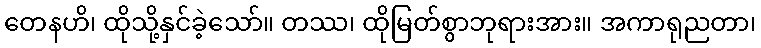
တေနဟိ၊ ထိုသို့နှင်ခဲ့သော်။ တဿ၊ ထိုမြတ်စွာဘုရားအား။ အကာရုညတာ၊